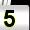
Digit: 5